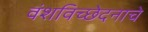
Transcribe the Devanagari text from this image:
वंशविच्छेदनाचे